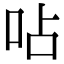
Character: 呫